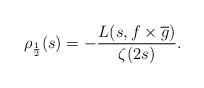
LaTeX: \begin{align*} \rho_{\frac{1}{2}}(s) = -\frac{L(s, f\times \overline{g})}{\zeta(2s)}.\end{align*}